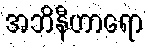
အဘိနီဟာရော